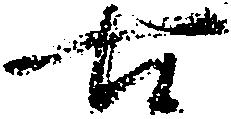
古